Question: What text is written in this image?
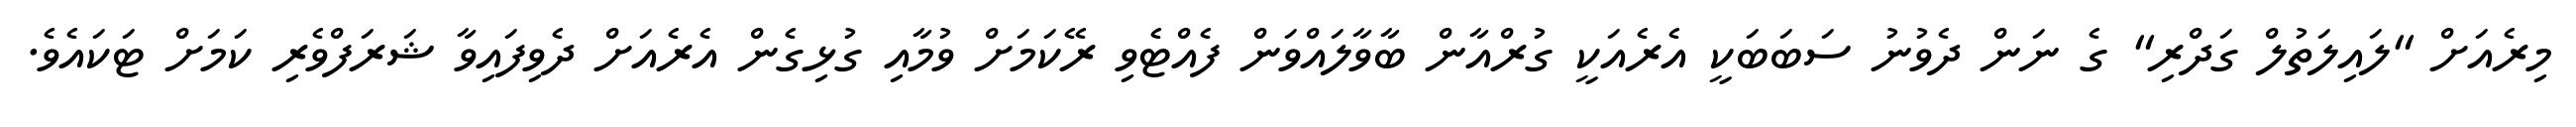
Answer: މިރެއަށް "ލައިލަތުލް ގަދްރި" ގެ ނަން ދެވުނު ސަބަބަކީ އެރެއަކީ ގުރްއާން ބާވާލައްވަން ފެއްޓެވި ރޭކަމަށް ވުމާއި ގުޅިގެން އެރެއަށް ދެވިފައިވާ ޝަރަފްވެރި ކަމަށް ޓަކައެވެ.